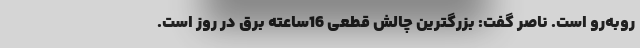
روبه‌رو است. ناصر گفت: بزرگترین چالش قطعی 16ساعته برق در روز است.